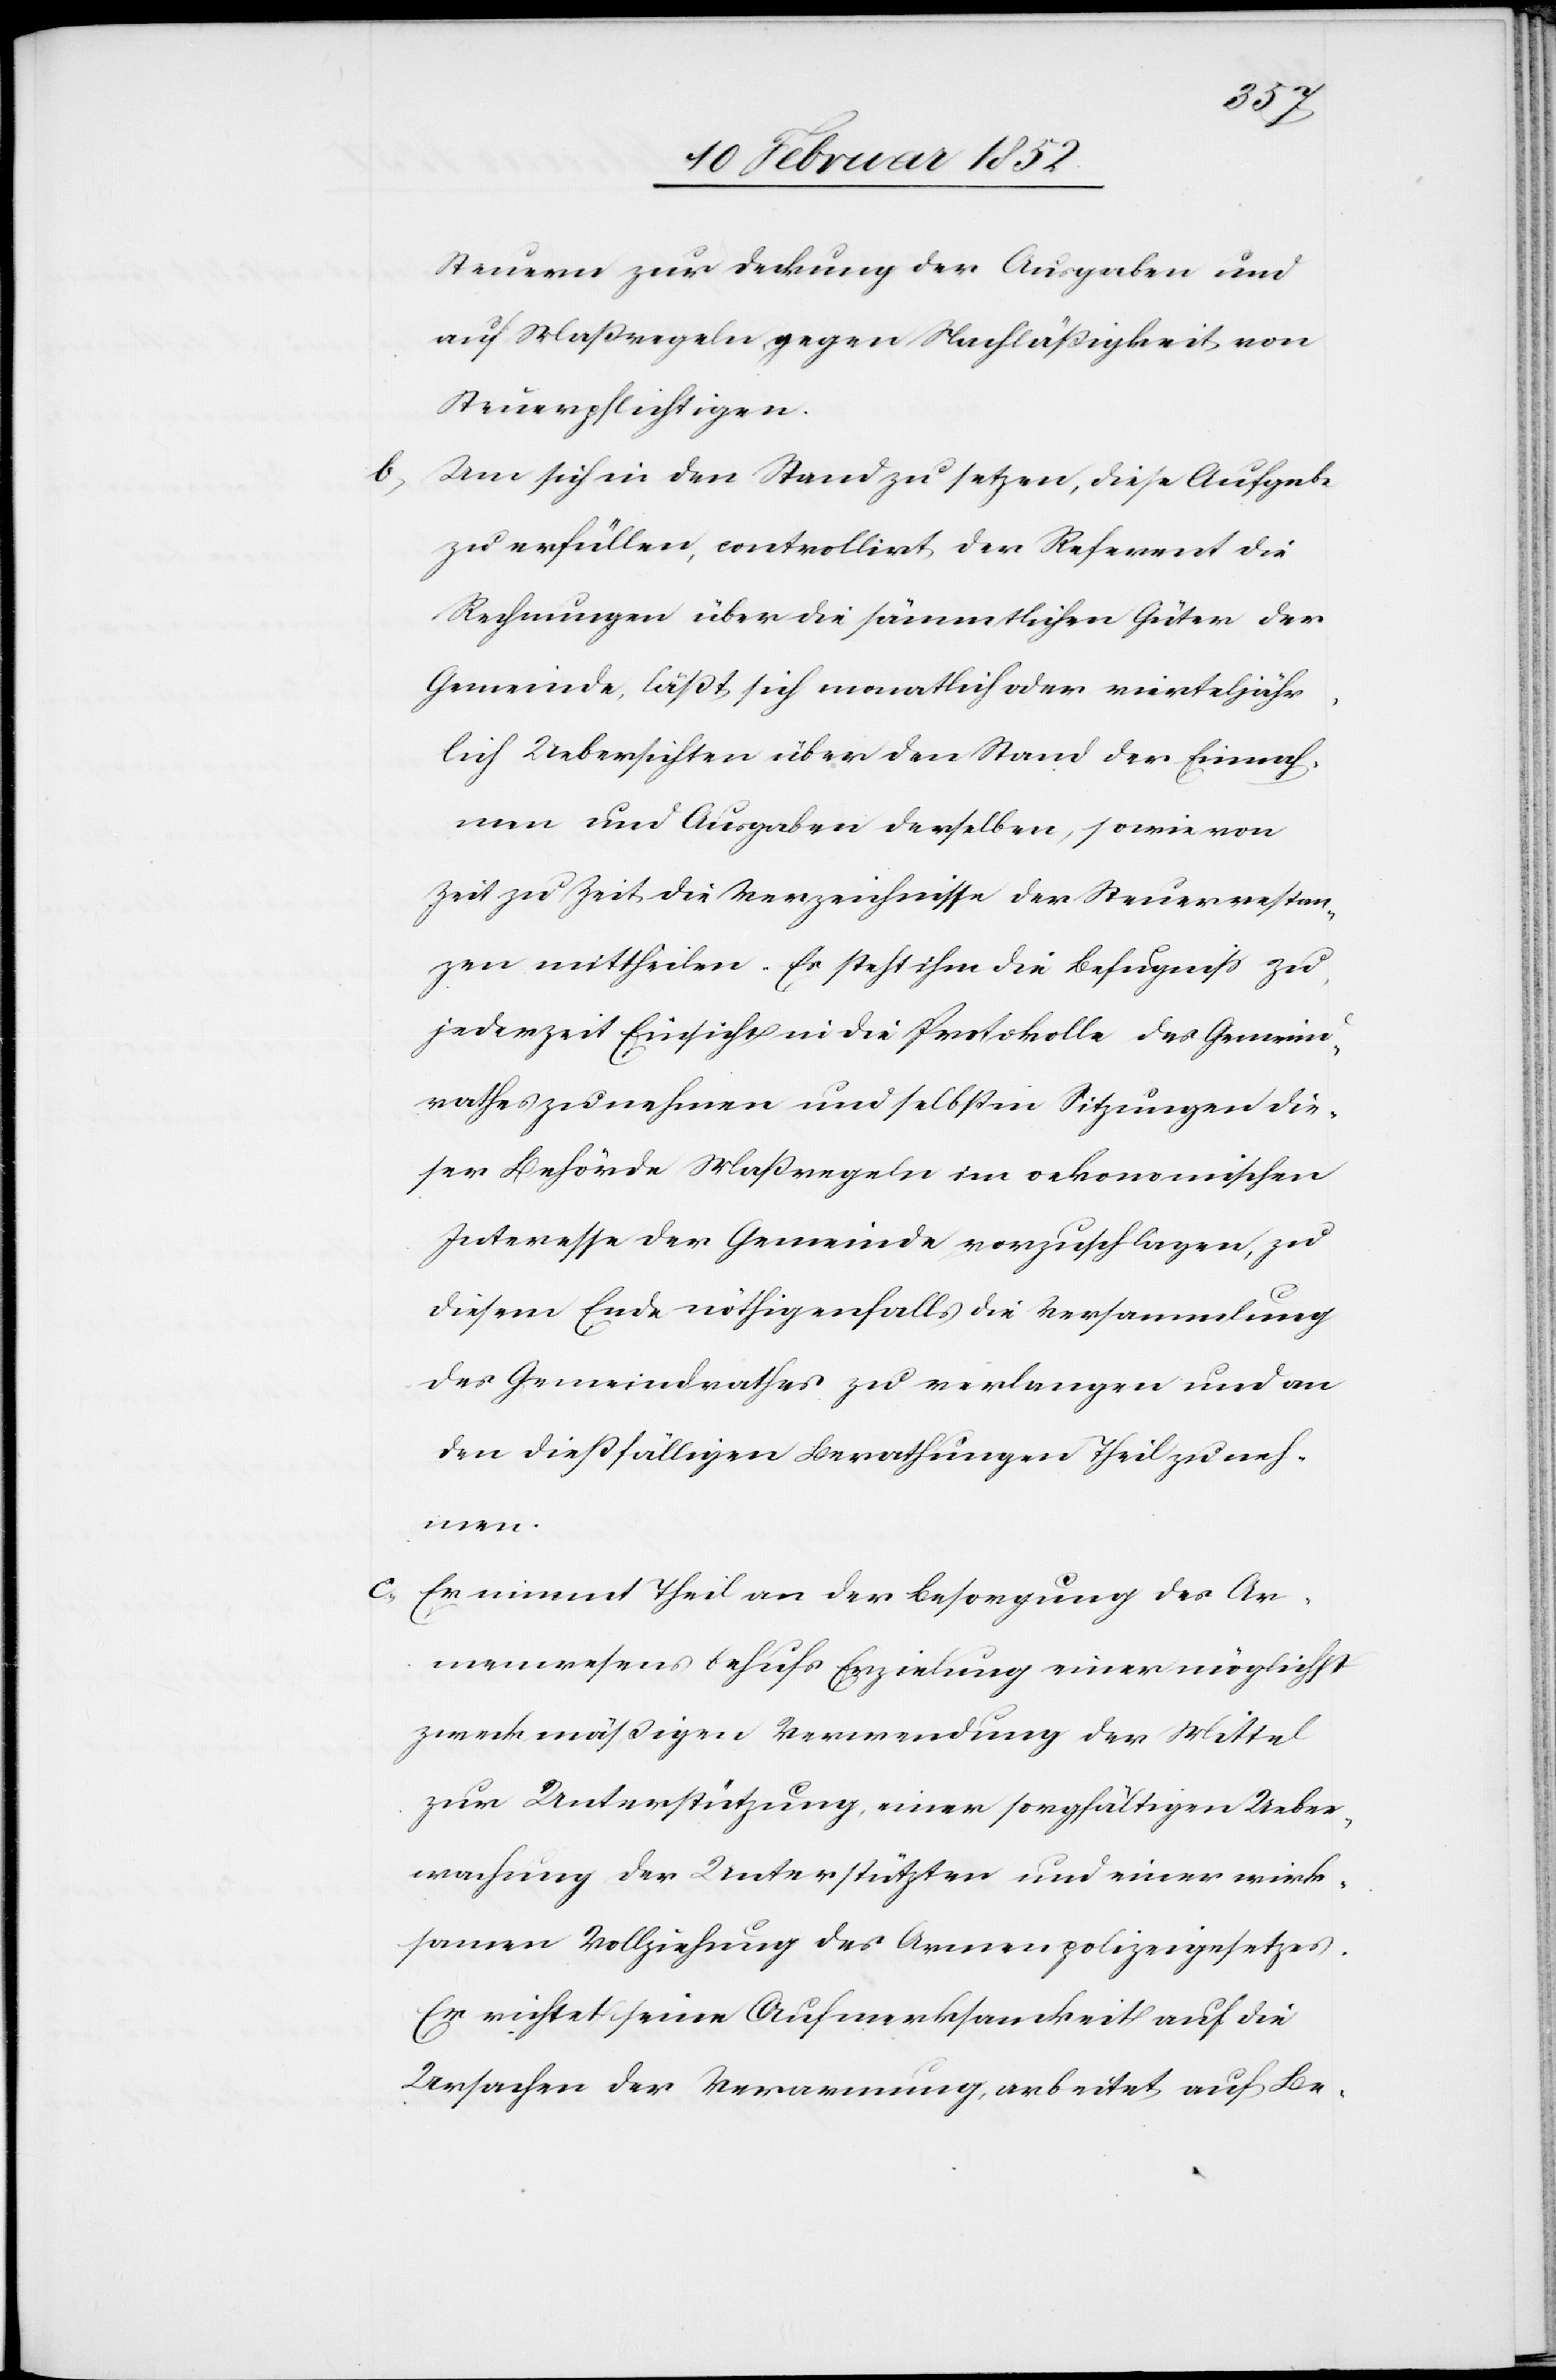
Steuern zur Deckung der Ausgaben und
auf Maßregeln gegen Nachläßigkeit von
Steuerpflichtigen.
b.) Um sich in den Stand zu setzen, diese Aufgabe
zu erfüllen, controllirt der Referent die
Rechnungen über die sämmtlichen Gütern der
Gemeinde, läßt sich monatlich oder vierteljähr¬
lich Uebersichten über den Stand der Einnah¬
men und Ausgaben derselben, sowie von
Zeit zu Zeit die Verzeichnisse der Steuerrestan¬
zen mittheilen. Es steht ihm die Befugniß zu,
jederzeit Einsicht in die Protokolle des Gemeind¬
rathes zu nehmen und selbst in Sitzungen die¬
ser Behörde Maßregeln im oekonomischen
Interesse der Gemeinde vorzuschlagen, zu
diesem Ende nöthigenfalls die Versammlung
des Gemeindrathes zu verlangen und an
den dießfälligen Berathungen Theil zu neh¬
men.
c.) Er nimmt Theil an der Besorgung des Ar¬
menwesens behufs Erziehung einer möglichst
zweckmäßigen Verwendung der Mittel
zur Unterstützung einer sorgfältigen Ueber¬
wachung der Unterstützten und einer wirk¬
samen Vollziehung des Armenpolizeigesetzes.
Er richtet seine Aufmerksamkeit auf die
Ursachen der Verarmung arbeitet auf Be-